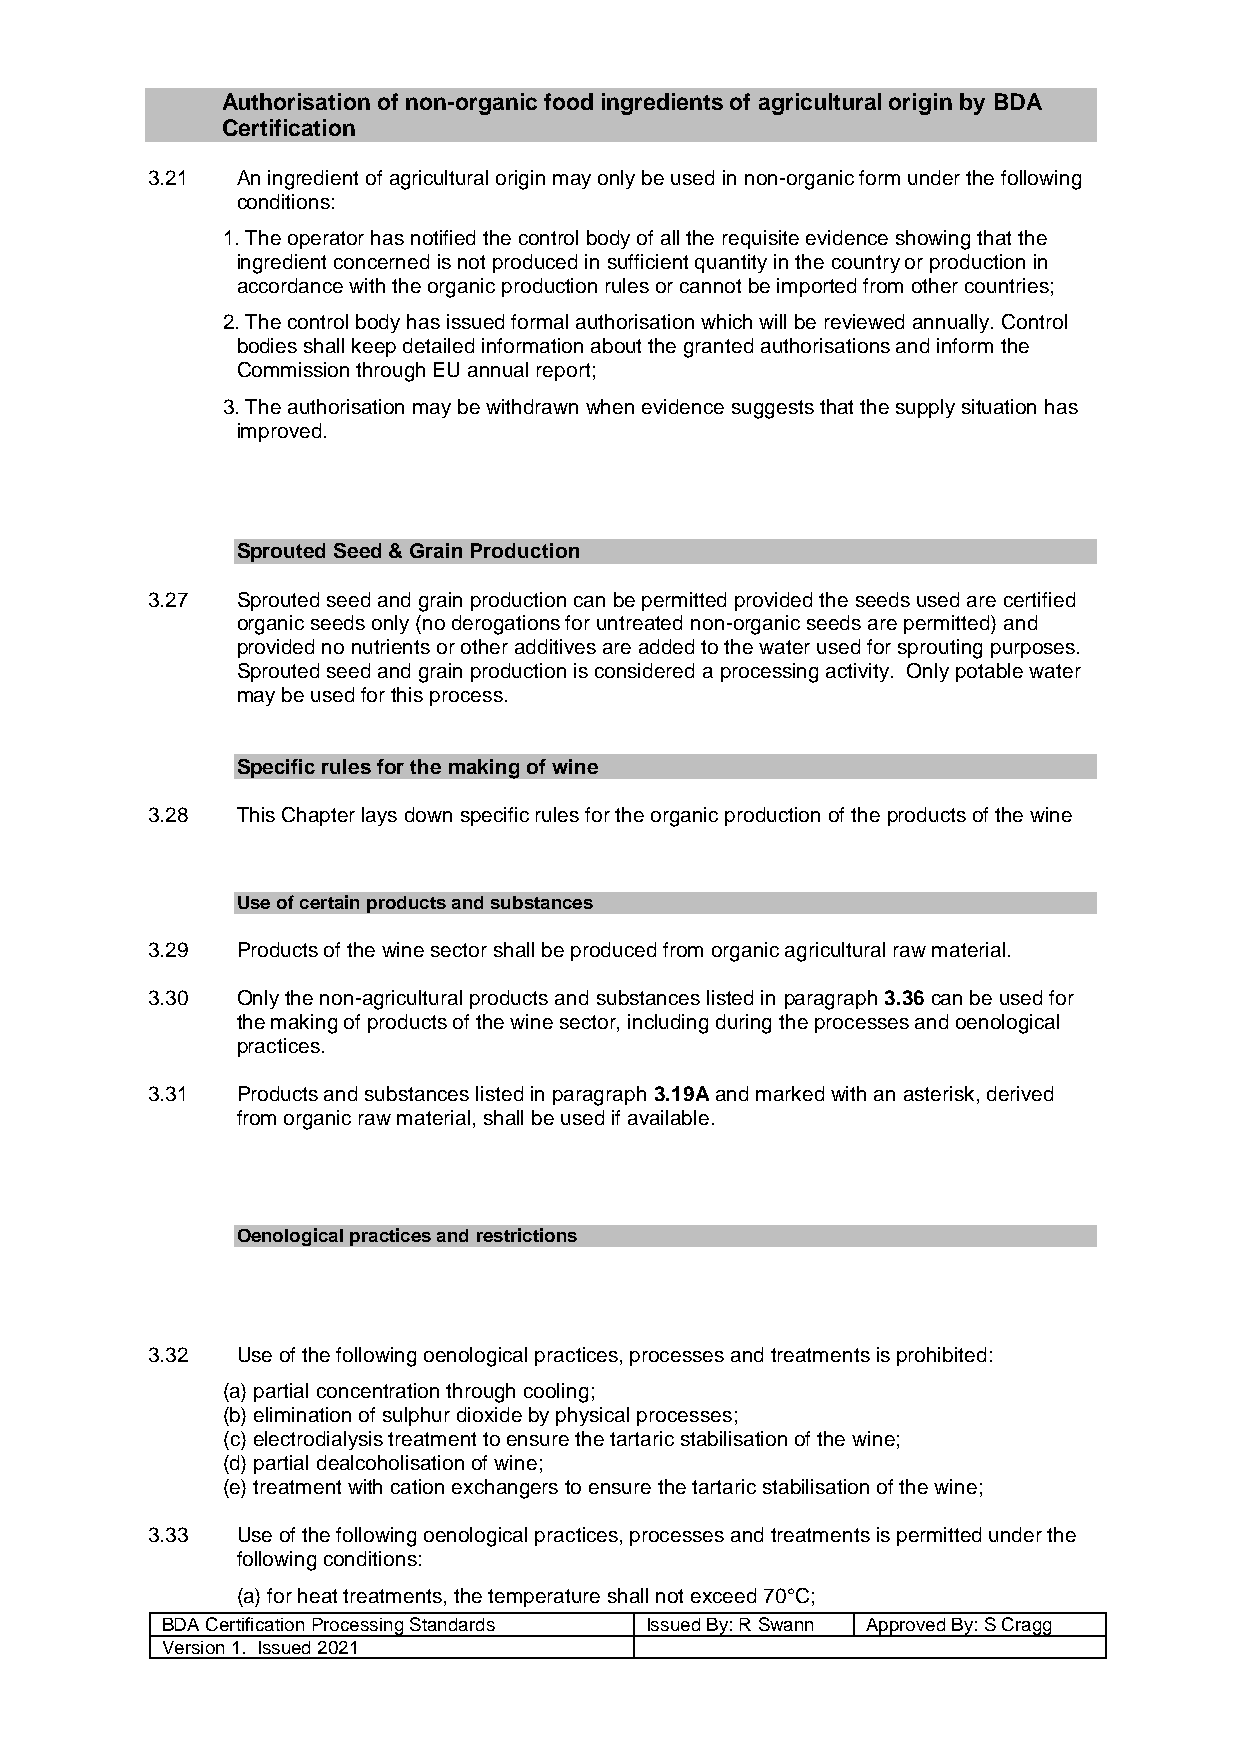
Authorisation of non-organic food ingredients of agricultural origin by BDA
 Certification
 3.21  An ingredient of agricultural origin may only be used in non-organic form under the following
 conditions:
 1. The operator has notified the control body of all the requisite evidence showing that the
 ingredient concerned is not produced in sufficient quantity in the country or production in
 accordance with the organic production rules or cannot be imported from other countries;
 2. The control body has issued formal authorisation which will be reviewed annually. Control
 bodies shall keep detailed information about the granted authorisations and inform the
 Commission through EU annual report;
 3. The authorisation may be withdrawn when evidence suggests that the supply situation has
 improved.
 Sprouted Seed & Grain Production
 3.27  Sprouted seed and grain production can be permitted provided the seeds used are certified
 organic seeds only (no derogations for untreated non-organic seeds are permitted) and
 provided no nutrients or other additives are added to the water used for sprouting purposes.
 Sprouted seed and grain production is considered a processing activity. Only potable water
 may be used for this process.
 Specific rules for the making of wine
 3.28  This Chapter lays down specific rules for the organic production of the products of the wine
 Use of certain products and substances
 3.29  Products of the wine sector shall be produced from organic agricultural raw material.
 3.30  Only the non-agricultural products and substances listed in paragraph 3.36 can be used for
 the making of products of the wine sector, including during the processes and oenological
 practices.
 3.31  Products and substances listed in paragraph 3.19A and marked with an asterisk, derived
 from organic raw material, shall be used if available.
 Oenological practices and restrictions
 3.32  Use of the following oenological practices, processes and treatments is prohibited:
 (a) partial concentration through cooling;
 (b) elimination of sulphur dioxide by physical processes;
 (c) electrodialysis treatment to ensure the tartaric stabilisation of the wine;
 (d) partial dealcoholisation of wine;
 (e) treatment with cation exchangers to ensure the tartaric stabilisation of the wine;
 3.33  Use of the following oenological practices, processes and treatments is permitted under the
 following conditions:
 (a) for heat treatments, the temperature shall not exceed 70°C;
 BDA Certification Processing Standards Issued By: R Swann Approved By: S Cragg
 Version 1. Issued 2021